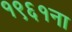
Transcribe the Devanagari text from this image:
१९६१ना